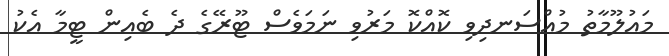
މައުލޫމާތު މުއްސަނދިވި ކޮއްކޮ މަރުވި ނަމަވެސް ޓޫރޭގެ ދެ ބެއިން ޓީމާ އެކު